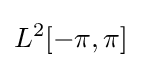
L^{2}[-\pi ,\pi ]